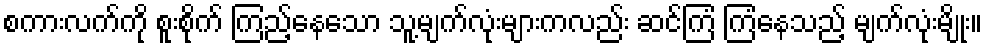
စကားလက်ကို စူးစိုက် ကြည့်နေသော သူ့မျက်လုံးများကလည်း ဆင်ကြံ ကြံနေသည့် မျက်လုံးမျိုး။